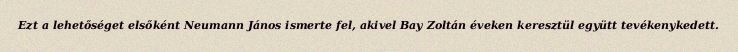
Ezt a lehetőséget elsőként Neumann János ismerte fel, akivel Bay Zoltán éveken keresztül együtt tevékenykedett.